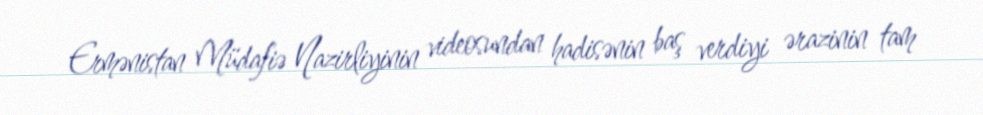
Ermənistan Müdafiə Nazirliyinin videosundan hadisənin baş verdiyi ərazinin tam